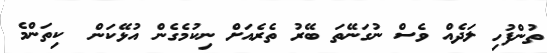
ތުންފުހި ލަދެއް ވެސް ނުގަނޭތަ ބޭރު ތެރެއަށް ނިކުމެގެން އުޅޭކަން  ކިތަންމެ